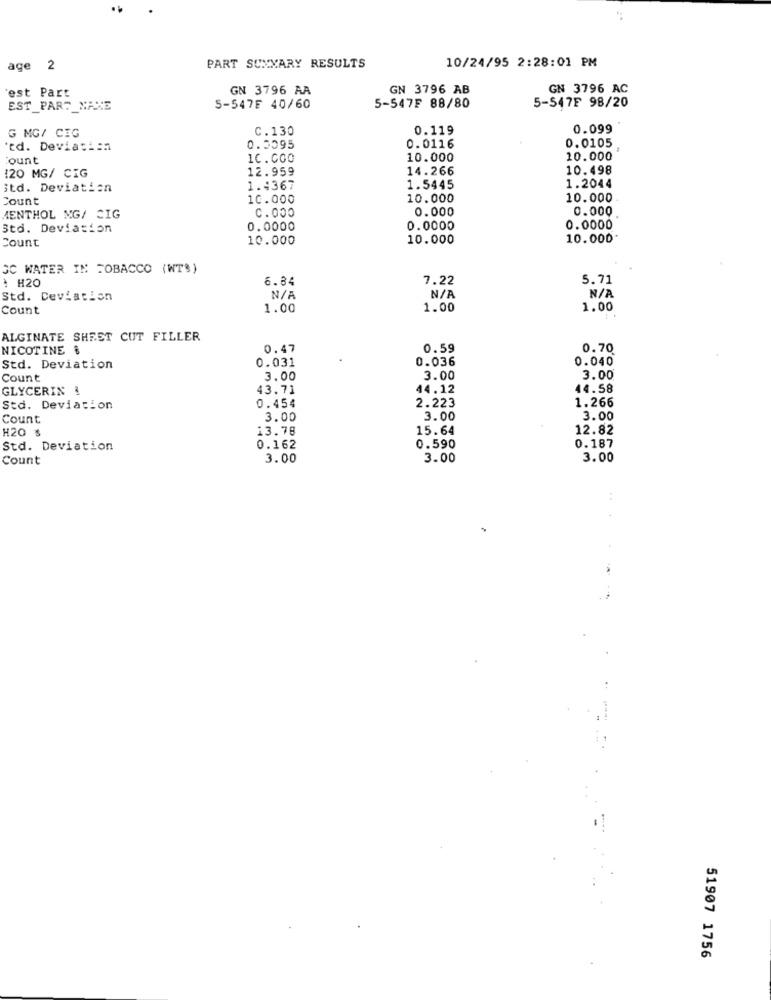
age 2
PART SUXXARY RESULTS
10/24/95 2:28:01 PM
GN 3796 AA
GN 3796 AB
GN 3796 AC
est Part
5-547F 98/20
EST_PART_MAXE
5-5475 40/60
5-547F 88/80
C.130
0.119
0.099
G MG/ CIG
0.0105
rd. Deviation
0.5095
0.0116
ount
1C.000
10.000
10.000
120 MG/ CIG
12.959
14.266
10.498
itd. Deviation
1.4367
1.5445
1.2044
Count
10.000
10.000
10.000
0.000
0.000
MENTHOL NG/ CIG
0.000
Std. Deviation
0.0000
0.0000
0.0000
Count
10.000
10.000
10.000
SC WATER IN TOBACCO (WT$)
À #20
6.84
7.22
5.71
Std. Deviation
Count
1.00
1.00
1.00
ALGINATE SHEET CUT FILLER
NICOTINE &
0.47
0.59
0.70
0.036
0.040
Std. Deviation
0.031
Count
3.00
3.00
3.00
GLYCERIN !
43.71
44.12
44.58
0.454
2.223
1.266
Std. Deviation
Count
3.00
3.00
3.00
H20 $
13.78
15.64
12.82
Std. Deviation
0.162
0.590
0.187
Count
3.00
3.00
3.00
..
51907 1756